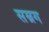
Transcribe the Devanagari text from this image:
सम्रग